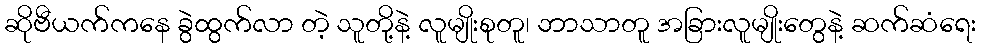
ဆိုဗီယက်ကနေ ခွဲထွက်လာ တဲ့ သူတို့နဲ့ လူမျိုးစုတူ၊ ဘာသာတူ အခြားလူမျိုးတွေနဲ့ ဆက်ဆံရေး